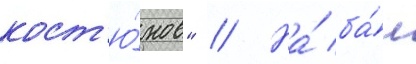
кост'ю́мов" // На́ ба́л